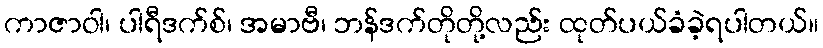
ကာဇာဝါ၊ ပါရီဒက်စ်၊ အမာဗီ၊ ဘန်ဒက်တိုတို့လည်း ထုတ်ပယ်ခံခဲ့ရပါတယ်။